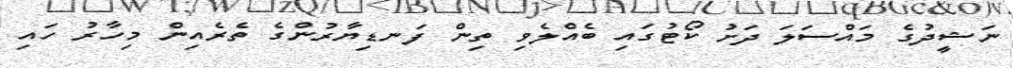
ނަޝީދުގެ މައްސަލަ ދަށު ކޯޓުގައި ބެއްލެވި ތިން ފަނޑިޔާރުންގެ ތެރެއިން މިހާރު ހައި